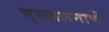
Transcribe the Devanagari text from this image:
भूस्खलनाचे